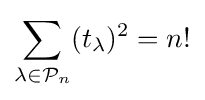
\sum _{\lambda \in {\mathcal {P}}_{n}}(t_{\lambda })^{2}=n!